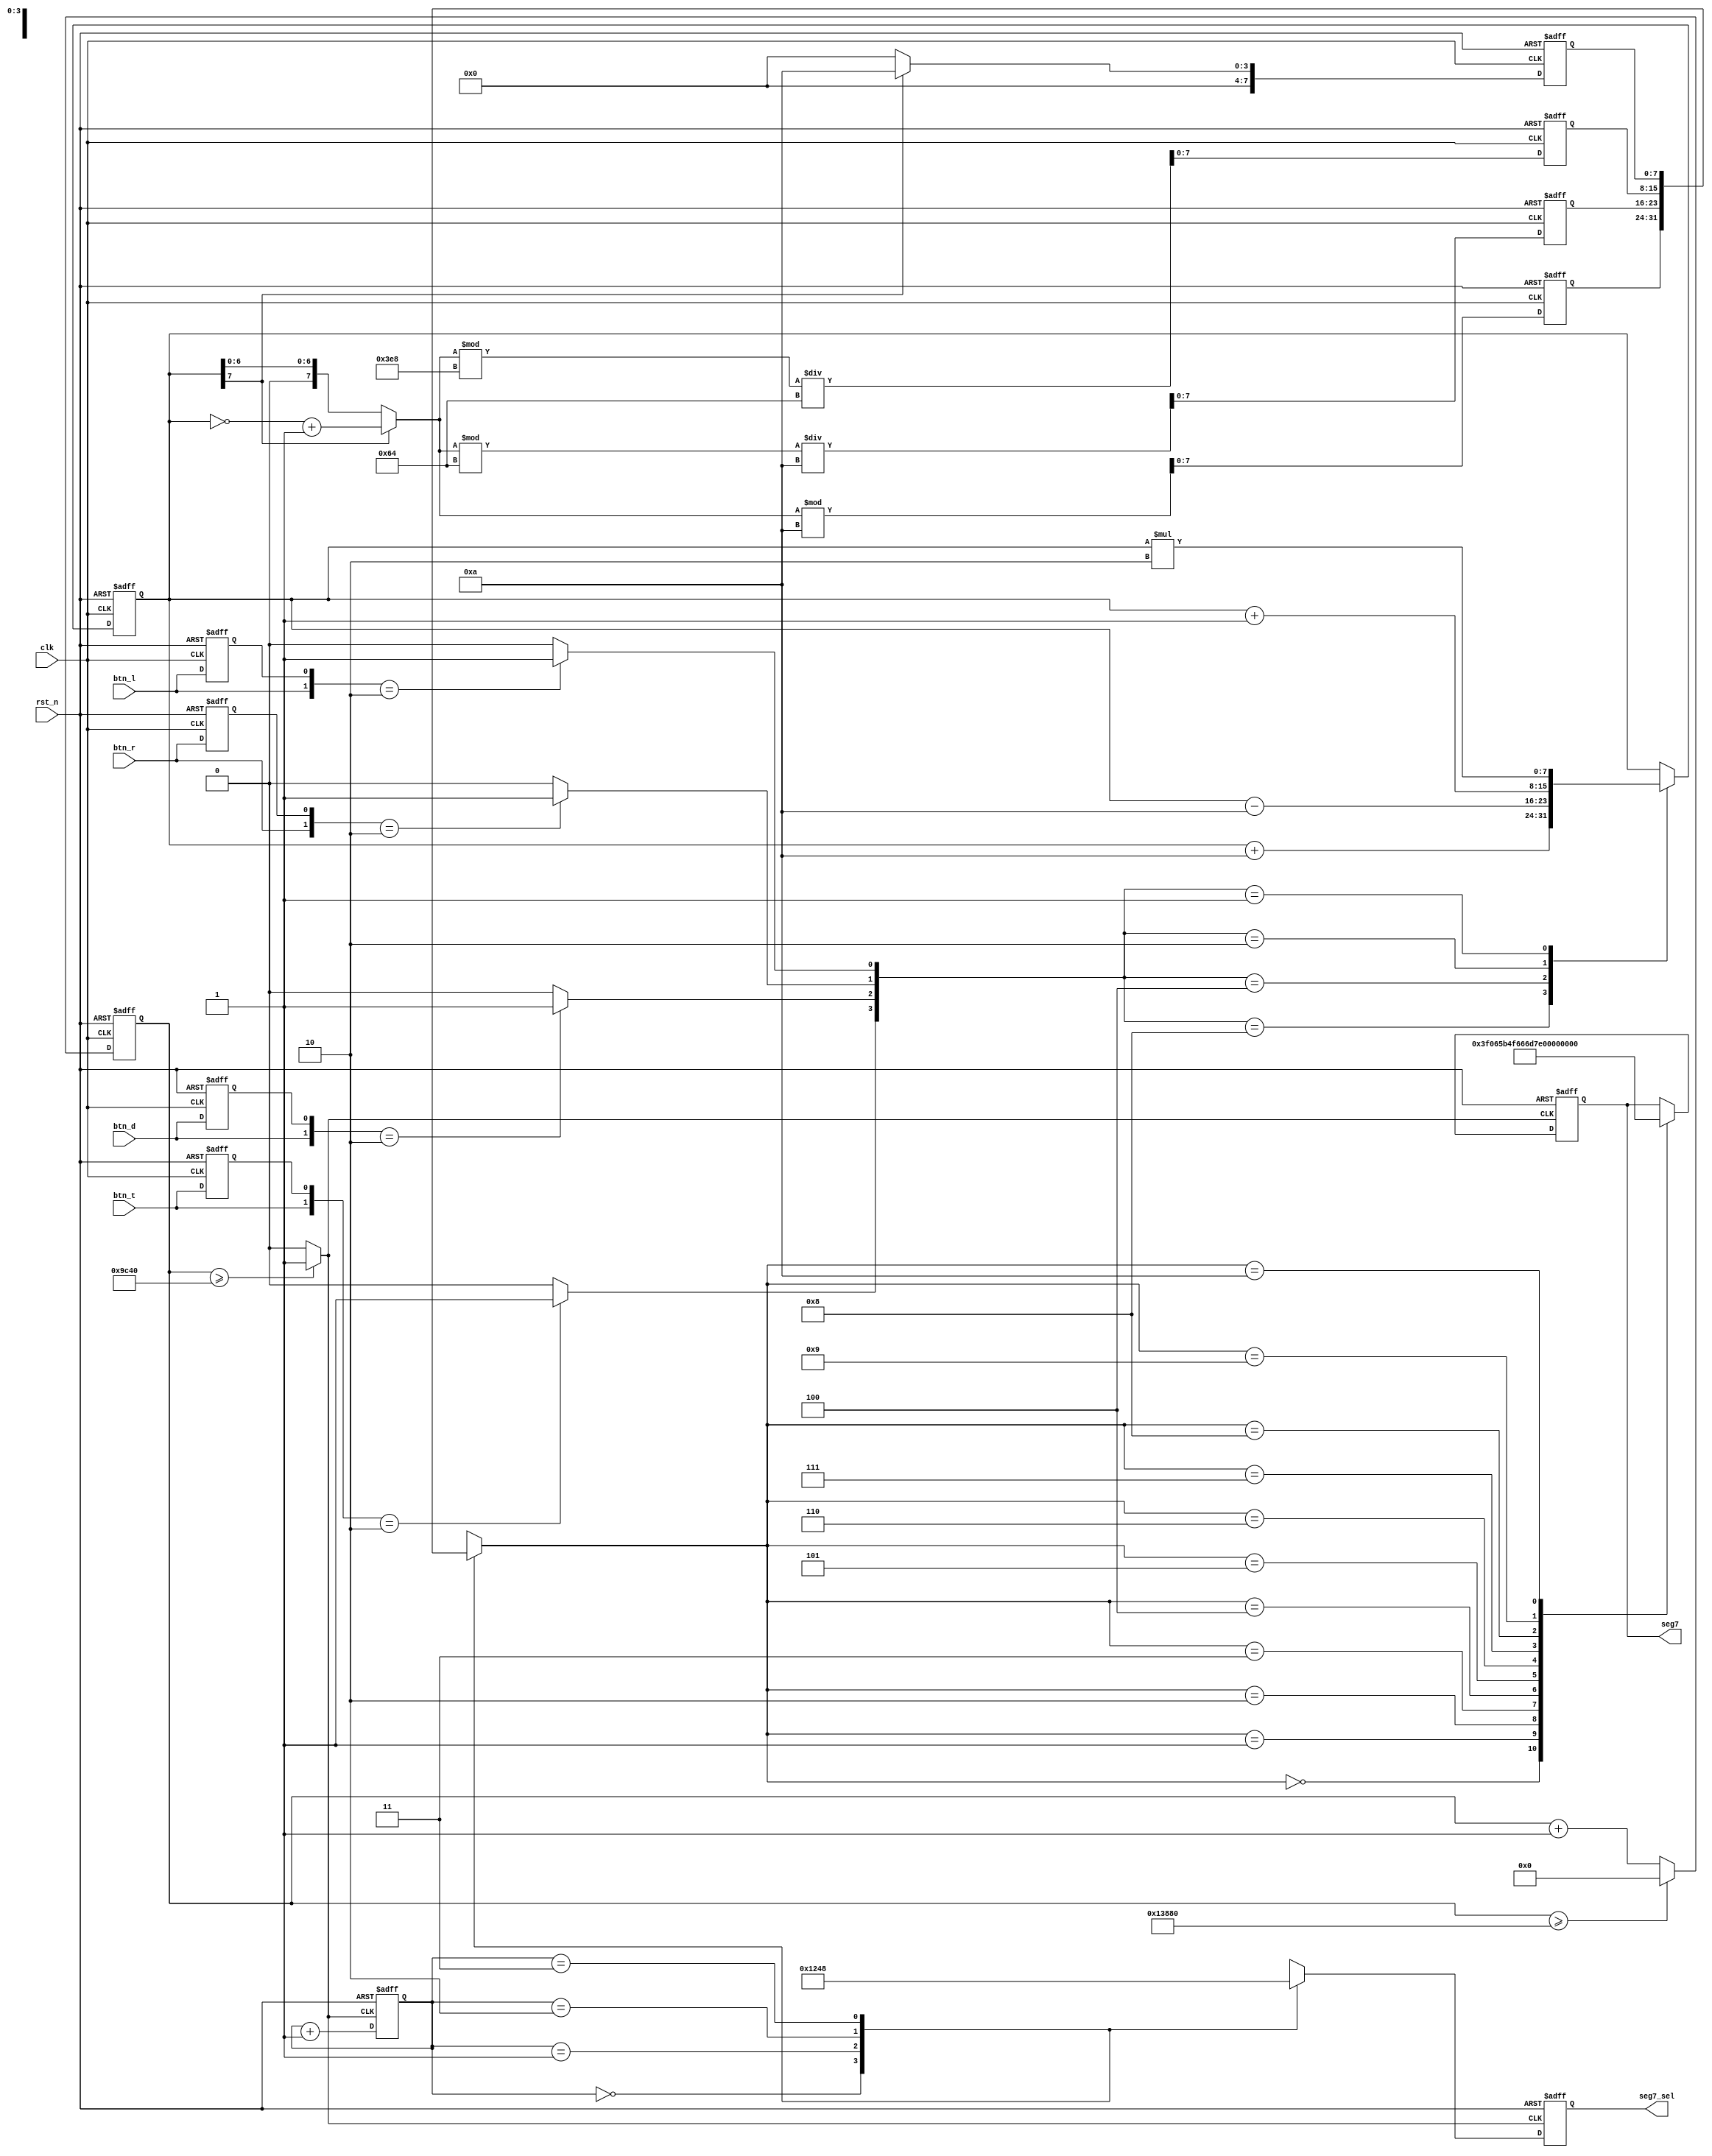
`define CYCLE 80000

module lab3(
	input clk,
	input rst_n,
	input btn_t,
	input btn_d,
	input btn_l,
	input btn_r,
	output reg [7:0] seg7,
	output reg [3:0] seg7_sel
);
	
	reg [20:0] count;
	wire d_clk;
	
	reg press_flag_t; //
	reg press_flag_d; //
	reg press_flag_l; //
	reg press_flag_r; //
	wire btn_t_pulse; // 
	wire btn_d_pulse; // 
	wire btn_l_pulse; // 
	wire btn_r_pulse; // 
	
	reg [7:0] counter; //
	wire [7:0] counter_pos;
	
	reg [7:0] seg7_temp[0:3];
	reg [1:0] seg7_count;
	
	// 
	always @(posedge clk or negedge rst_n)begin
		if(!rst_n)begin
			count <= 0;
		end
		else begin
			if(count >= `CYCLE)
				count <= 0;
			else
				count <= count + 1;
		end
	end
	assign d_clk = count >= (`CYCLE/2)  ? 1 : 0;  // 
	
	//  
	always @(posedge clk or negedge rst_n)begin
		if(!rst_n)begin
			press_flag_t <= 0;
		end
		else begin
			press_flag_t <= btn_t;
		end
	end
	assign btn_t_pulse = {btn_t,press_flag_t} == 2'b10 ? 1 : 0;
	
	always @(posedge clk or negedge rst_n)begin
		if(!rst_n)begin
			press_flag_d <= 0;
		end
		else begin
			press_flag_d <= btn_d;
		end
	end
	assign btn_d_pulse = {btn_d,press_flag_d} == 2'b10 ? 1 : 0;
	
	always @(posedge clk or negedge rst_n)begin
		if(!rst_n)begin
			press_flag_l <= 0;
		end
		else begin
			press_flag_l <= btn_l;
		end
	end
	assign btn_l_pulse = {btn_l,press_flag_l} == 2'b10 ? 1 : 0;
	
	always @(posedge clk or negedge rst_n)begin
		if(!rst_n)begin
			press_flag_r <= 0;
		end
		else begin
			press_flag_r <= btn_r;
		end
	end
	assign btn_r_pulse = {btn_r,press_flag_r} == 2'b10 ? 1 : 0;
	
	// 
	always @(posedge clk or negedge rst_n)begin
		if(!rst_n)begin
			counter <= 0;
		end
		else begin
			case({btn_t_pulse,btn_d_pulse,btn_r_pulse,btn_l_pulse})
				4'b1000:counter <= counter + 10;
				4'b0100:counter <= counter - 10;
				4'b0010:counter <= counter + 1;
				4'b0001:counter <= counter * 2;
				default:counter <= counter;
			endcase
		end
	end
	assign counter_pos = counter[7] ? (~counter) + 1 : counter;
	
	
	// 
	always @(posedge clk or negedge rst_n)begin
		if(!rst_n)begin
			seg7_temp[0] <= 0;
			seg7_temp[1] <= 0;
			seg7_temp[2] <= 0;
			seg7_temp[3] <= 0;
		end
		else begin
			seg7_temp[3] <= counter[7] ? 10 : 0;
			seg7_temp[2] <= (counter_pos % 1000) / 100;
			seg7_temp[1] <= (counter_pos % 100) / 10;
			seg7_temp[0] <= counter_pos % 10;
		end
	end
	
	//
	always @(posedge d_clk or negedge rst_n)begin
		if(!rst_n)begin
			seg7_count <= 0;
		end
		else begin
			seg7_count <= seg7_count + 1;
		end
	end
	always @(posedge d_clk or negedge rst_n)begin
		if(!rst_n)begin
			seg7_sel <= 4'b1111;
			seg7 <= 8'b0011_1111;
		end
		else begin
			case(seg7_count)
				0:	seg7_sel <= 4'b0001;
				1:	seg7_sel <= 4'b0010;
				2:	seg7_sel <= 4'b0100;
				3:	seg7_sel <= 4'b1000;
			endcase
			case(seg7_temp[seg7_count])
				0:seg7 <= 8'b0011_1111;
                1:seg7 <= 8'b0000_0110;
                2:seg7 <= 8'b0101_1011;
                3:seg7 <= 8'b0100_1111;
                4:seg7 <= 8'b0110_0110;
                5:seg7 <= 8'b0110_1101;
                6:seg7 <= 8'b0111_1101;
                7:seg7 <= 8'b0000_0111;
                8:seg7 <= 8'b0111_1111;
                9:seg7 <= 8'b0110_1111;
				10:seg7 <= 8'b0100_0000;
			endcase
		end
	end
	
endmodule